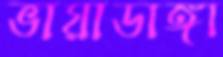
ভায়াডাঙ্গা